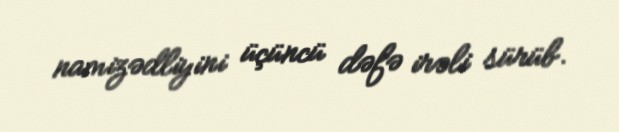
namizədliyini üçüncü dəfə irəli sürüb.